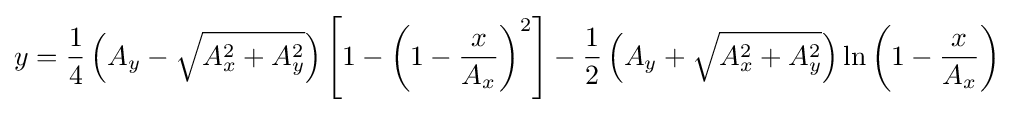
y={\frac {1}{4}}\left(A_{y}-{\sqrt {A_{x}^{2}+A_{y}^{2}}}\right)\left[1-\left(1-{\frac {x}{A_{x}}}\right)^{2}\right]-{\frac {1}{2}}\left(A_{y}+{\sqrt {A_{x}^{2}+A_{y}^{2}}}\right)\ln \left(1-{\frac {x}{A_{x}}}\right)